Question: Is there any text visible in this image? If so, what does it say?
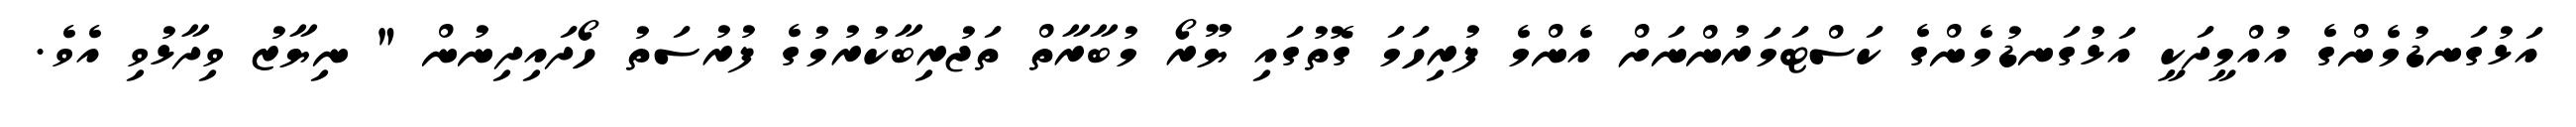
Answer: އަޅުގަނޑުމެންގެ އުއްމީދަކީ އަޅުގަނޑުމެންގެ ކަސްޓަމަރުންނަށް އެންމެ ފުރިހަމަ ގޮތުގައި ޔޫރޯ މުބާރާތް ތަޖުރިބާކުރުމުގެ ފުރުސަތު ހޯދައިދިނުން " ނިޔާޒު ވިދާޅުވި އެވެ.